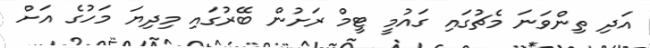
އަދި ތިންވަނަ މެޗުގައި ގައުމީ ޓީމް ރަށުން ބޭރުގައި މިދިޔަ މަހުގެ އަށް